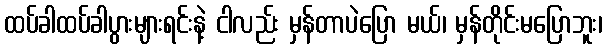
ထပ်ခါထပ်ခါပွားများရင်းနဲ့ ငါလည်း မှန်တာပဲပြော မယ်၊ မှန်တိုင်းမပြောဘူး၊